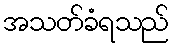
အသတ်ခံရသည်